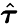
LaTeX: \hat{\boldsymbol{\tau}}